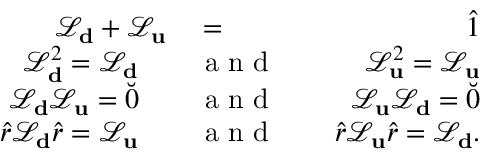
\begin{array} { r l r } { \mathcal { L } _ { \bf d } + \mathcal { L } _ { \bf u } } & { { } = } & { \hat { 1 } } \\ { \mathcal { L } _ { \bf d } ^ { 2 } = \mathcal { L } _ { \bf d } \quad } & { { } \mathrm { ~ a ~ n ~ d ~ } } & { \quad \mathcal { L } _ { \bf u } ^ { 2 } = \mathcal { L } _ { \bf u } } \\ { \mathcal { L } _ { \bf d } \mathcal { L } _ { \bf u } = \breve { 0 } \quad } & { { } \mathrm { ~ a ~ n ~ d ~ } } & { \quad \mathcal { L } _ { \bf u } \mathcal { L } _ { \bf d } = \breve { 0 } } \\ { \hat { r } \mathcal { L } _ { \bf d } \hat { r } = \mathcal { L } _ { \bf u } \quad } & { { } \mathrm { ~ a ~ n ~ d ~ } } & { \quad \hat { r } \mathcal { L } _ { \bf u } \hat { r } = \mathcal { L } _ { \bf d } . } \end{array}